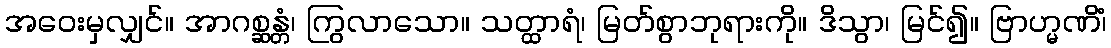
အဝေးမှလျှင်။ အာဂစ္ဆန္တံ၊ ကြွလာသော။ သတ္ထာရံ၊ မြတ်စွာဘုရားကို။ ဒိသွာ၊ မြင်၍။ ဗြာဟ္မဏိံ၊